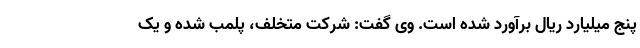
پنج میلیارد ریال برآورد شده است. وی گفت: شرکت متخلف، پلمب شده و یک